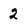
Character: 2